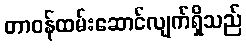
တာဝန်ထမ်းဆောင်လျက်ရှိသည်